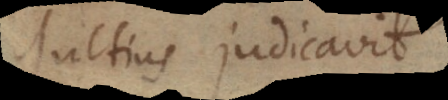
ultius judicavit